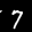
Label: 7